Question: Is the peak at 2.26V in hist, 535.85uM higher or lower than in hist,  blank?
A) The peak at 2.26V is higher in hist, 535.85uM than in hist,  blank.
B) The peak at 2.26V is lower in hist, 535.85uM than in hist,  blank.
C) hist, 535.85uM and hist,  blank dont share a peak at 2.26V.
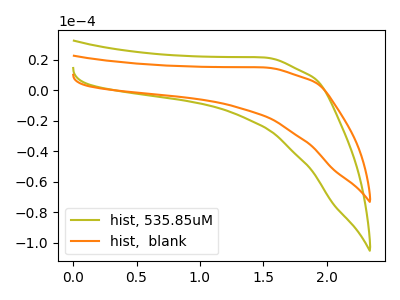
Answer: <think>The olive curve "hist, 535.85uM" has no peaks. The orange curve "hist,  blank" has no peaks.</think>
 <answer>C) "hist, 535.85uM" and "hist,  blank" dont share a peak at 2.26V.</answer>
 <eval>C</eval>